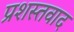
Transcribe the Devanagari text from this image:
प्रशस्तवाद